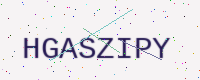
Text: HGASZIPY